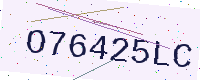
Text: O76425LC